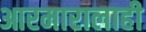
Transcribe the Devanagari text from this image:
आरमारालाही